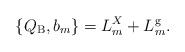
\begin{align*}\{Q_{\rm B}, b_m \} = L^{X}_m + L^{\rm g}_m.\end{align*}